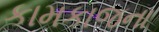
કામકાજના